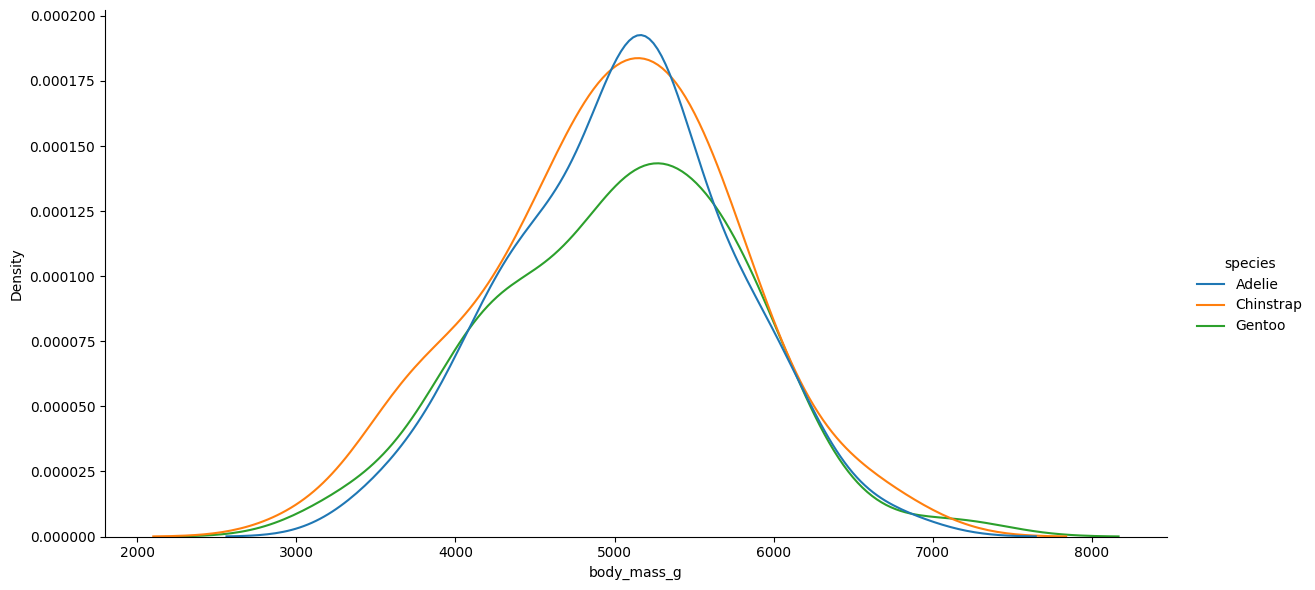
python, seaborn, displot, kind='kde', column='body_mass_g', hue='species', height=6, aspect=2.0